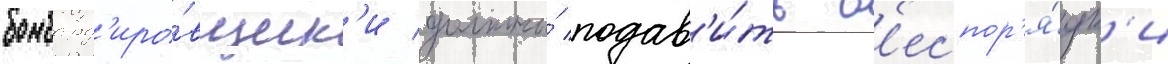
бомбард'иро́вщик'и должны́ подав'и́ть б'еспор'я́дк'и